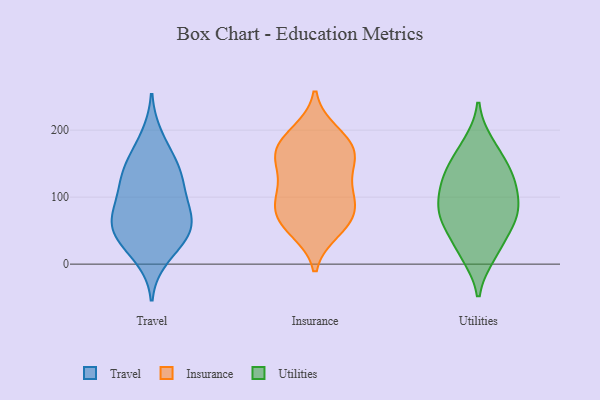
{"axis": {"x": "Backlog", "y": "Value"}, "legend": ["Insurance", "Travel", "Utilities"], "data": [{"x": "", "y": 58, "type": "Travel"}, {"x": "", "y": 112, "type": "Travel"}, {"x": "", "y": 190, "type": "Travel"}, {"x": "", "y": 55, "type": "Travel"}, {"x": "", "y": 158, "type": "Travel"}, {"x": "", "y": 133, "type": "Travel"}, {"x": "", "y": 46, "type": "Travel"}, {"x": "", "y": 73, "type": "Travel"}, {"x": "", "y": 84, "type": "Travel"}, {"x": "", "y": 44, "type": "Travel"}, {"x": "", "y": 145, "type": "Travel"}, {"x": "", "y": 88, "type": "Travel"}, {"x": "", "y": 128, "type": "Travel"}, {"x": "", "y": 10, "type": "Travel"}, {"x": "", "y": 31, "type": "Travel"}, {"x": "", "y": 183, "type": "Insurance"}, {"x": "", "y": 196, "type": "Insurance"}, {"x": "", "y": 184, "type": "Insurance"}, {"x": "", "y": 107, "type": "Insurance"}, {"x": "", "y": 66, "type": "Insurance"}, {"x": "", "y": 63, "type": "Insurance"}, {"x": "", "y": 159, "type": "Insurance"}, {"x": "", "y": 63, "type": "Insurance"}, {"x": "", "y": 51, "type": "Insurance"}, {"x": "", "y": 154, "type": "Insurance"}, {"x": "", "y": 93, "type": "Insurance"}, {"x": "", "y": 162, "type": "Insurance"}, {"x": "", "y": 108, "type": "Insurance"}, {"x": "", "y": 151, "type": "Insurance"}, {"x": "", "y": 96, "type": "Insurance"}, {"x": "", "y": 67, "type": "Utilities"}, {"x": "", "y": 179, "type": "Utilities"}, {"x": "", "y": 126, "type": "Utilities"}, {"x": "", "y": 159, "type": "Utilities"}, {"x": "", "y": 132, "type": "Utilities"}, {"x": "", "y": 61, "type": "Utilities"}, {"x": "", "y": 123, "type": "Utilities"}, {"x": "", "y": 14, "type": "Utilities"}, {"x": "", "y": 83, "type": "Utilities"}, {"x": "", "y": 98, "type": "Utilities"}, {"x": "", "y": 72, "type": "Utilities"}, {"x": "", "y": 23, "type": "Utilities"}]}